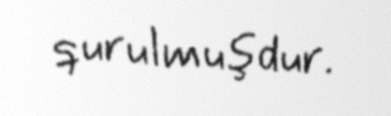
qurulmuşdur.